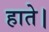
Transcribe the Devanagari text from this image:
हाते।